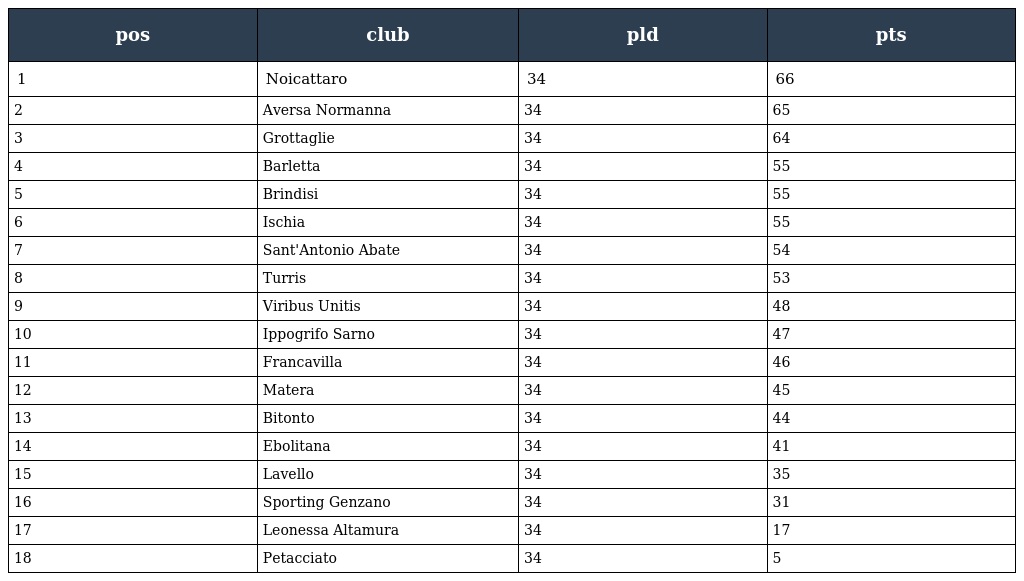
| pos | club | pld | pts |
 | --- | --- | --- | --- |
 | 1 | Noicattaro | 34 | 66 |
 | 2 | Aversa Normanna | 34 | 65 |
 | 3 | Grottaglie | 34 | 64 |
 | 4 | Barletta | 34 | 55 |
 | 5 | Brindisi | 34 | 55 |
 | 6 | Ischia | 34 | 55 |
 | 7 | Sant'Antonio Abate | 34 | 54 |
 | 8 | Turris | 34 | 53 |
 | 9 | Viribus Unitis | 34 | 48 |
 | 10 | Ippogrifo Sarno | 34 | 47 |
 | 11 | Francavilla | 34 | 46 |
 | 12 | Matera | 34 | 45 |
 | 13 | Bitonto | 34 | 44 |
 | 14 | Ebolitana | 34 | 41 |
 | 15 | Lavello | 34 | 35 |
 | 16 | Sporting Genzano | 34 | 31 |
 | 17 | Leonessa Altamura | 34 | 17 |
 | 18 | Petacciato | 34 | 5 |